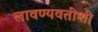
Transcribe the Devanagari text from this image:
लावण्यवतींशी